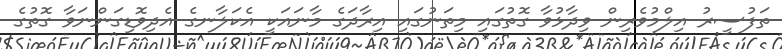
ތަފުސީރު އިލްމުވެރިން ވިދާޅުވާ ގޮތުގައި މިތަނުގައި އިރާދަގެ މާނައަކީ އެކަލާނގެ އެދިވޮޑިގަންނަވާ ގޮތުގެ